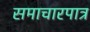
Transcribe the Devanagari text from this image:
समाचारपात्र